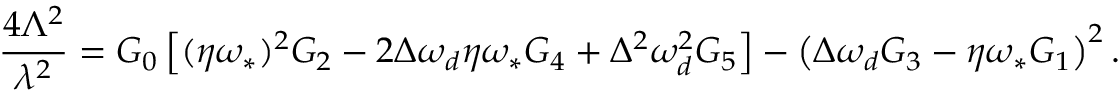
\frac { 4 \Lambda ^ { 2 } } { \lambda ^ { 2 } } = G _ { 0 } \left[ ( \eta \omega _ { \ast } ) ^ { 2 } G _ { 2 } - 2 \Delta \omega _ { d } \eta \omega _ { \ast } G _ { 4 } + \Delta ^ { 2 } \omega _ { d } ^ { 2 } G _ { 5 } \right] - \left( \Delta \omega _ { d } G _ { 3 } - \eta \omega _ { \ast } G _ { 1 } \right) ^ { 2 } .